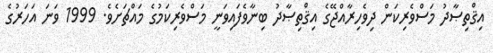
އިޤްތިޞާދު މަސްވެރިކަން ދިވެހިރާއްޖޭގެ އިޤްތިޞާދު ބިނާވެފައިވަނީ މަސްވެރިކަމުގެ މައްޗަށެވެ. 1999 ވަނަ އަހަރުގެ